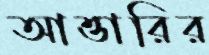
আত্তারির